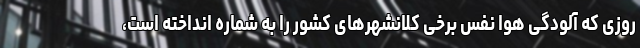
روزی که آلودگی هوا نفس برخی کلانشهر‌های کشور را به شماره انداخته است،